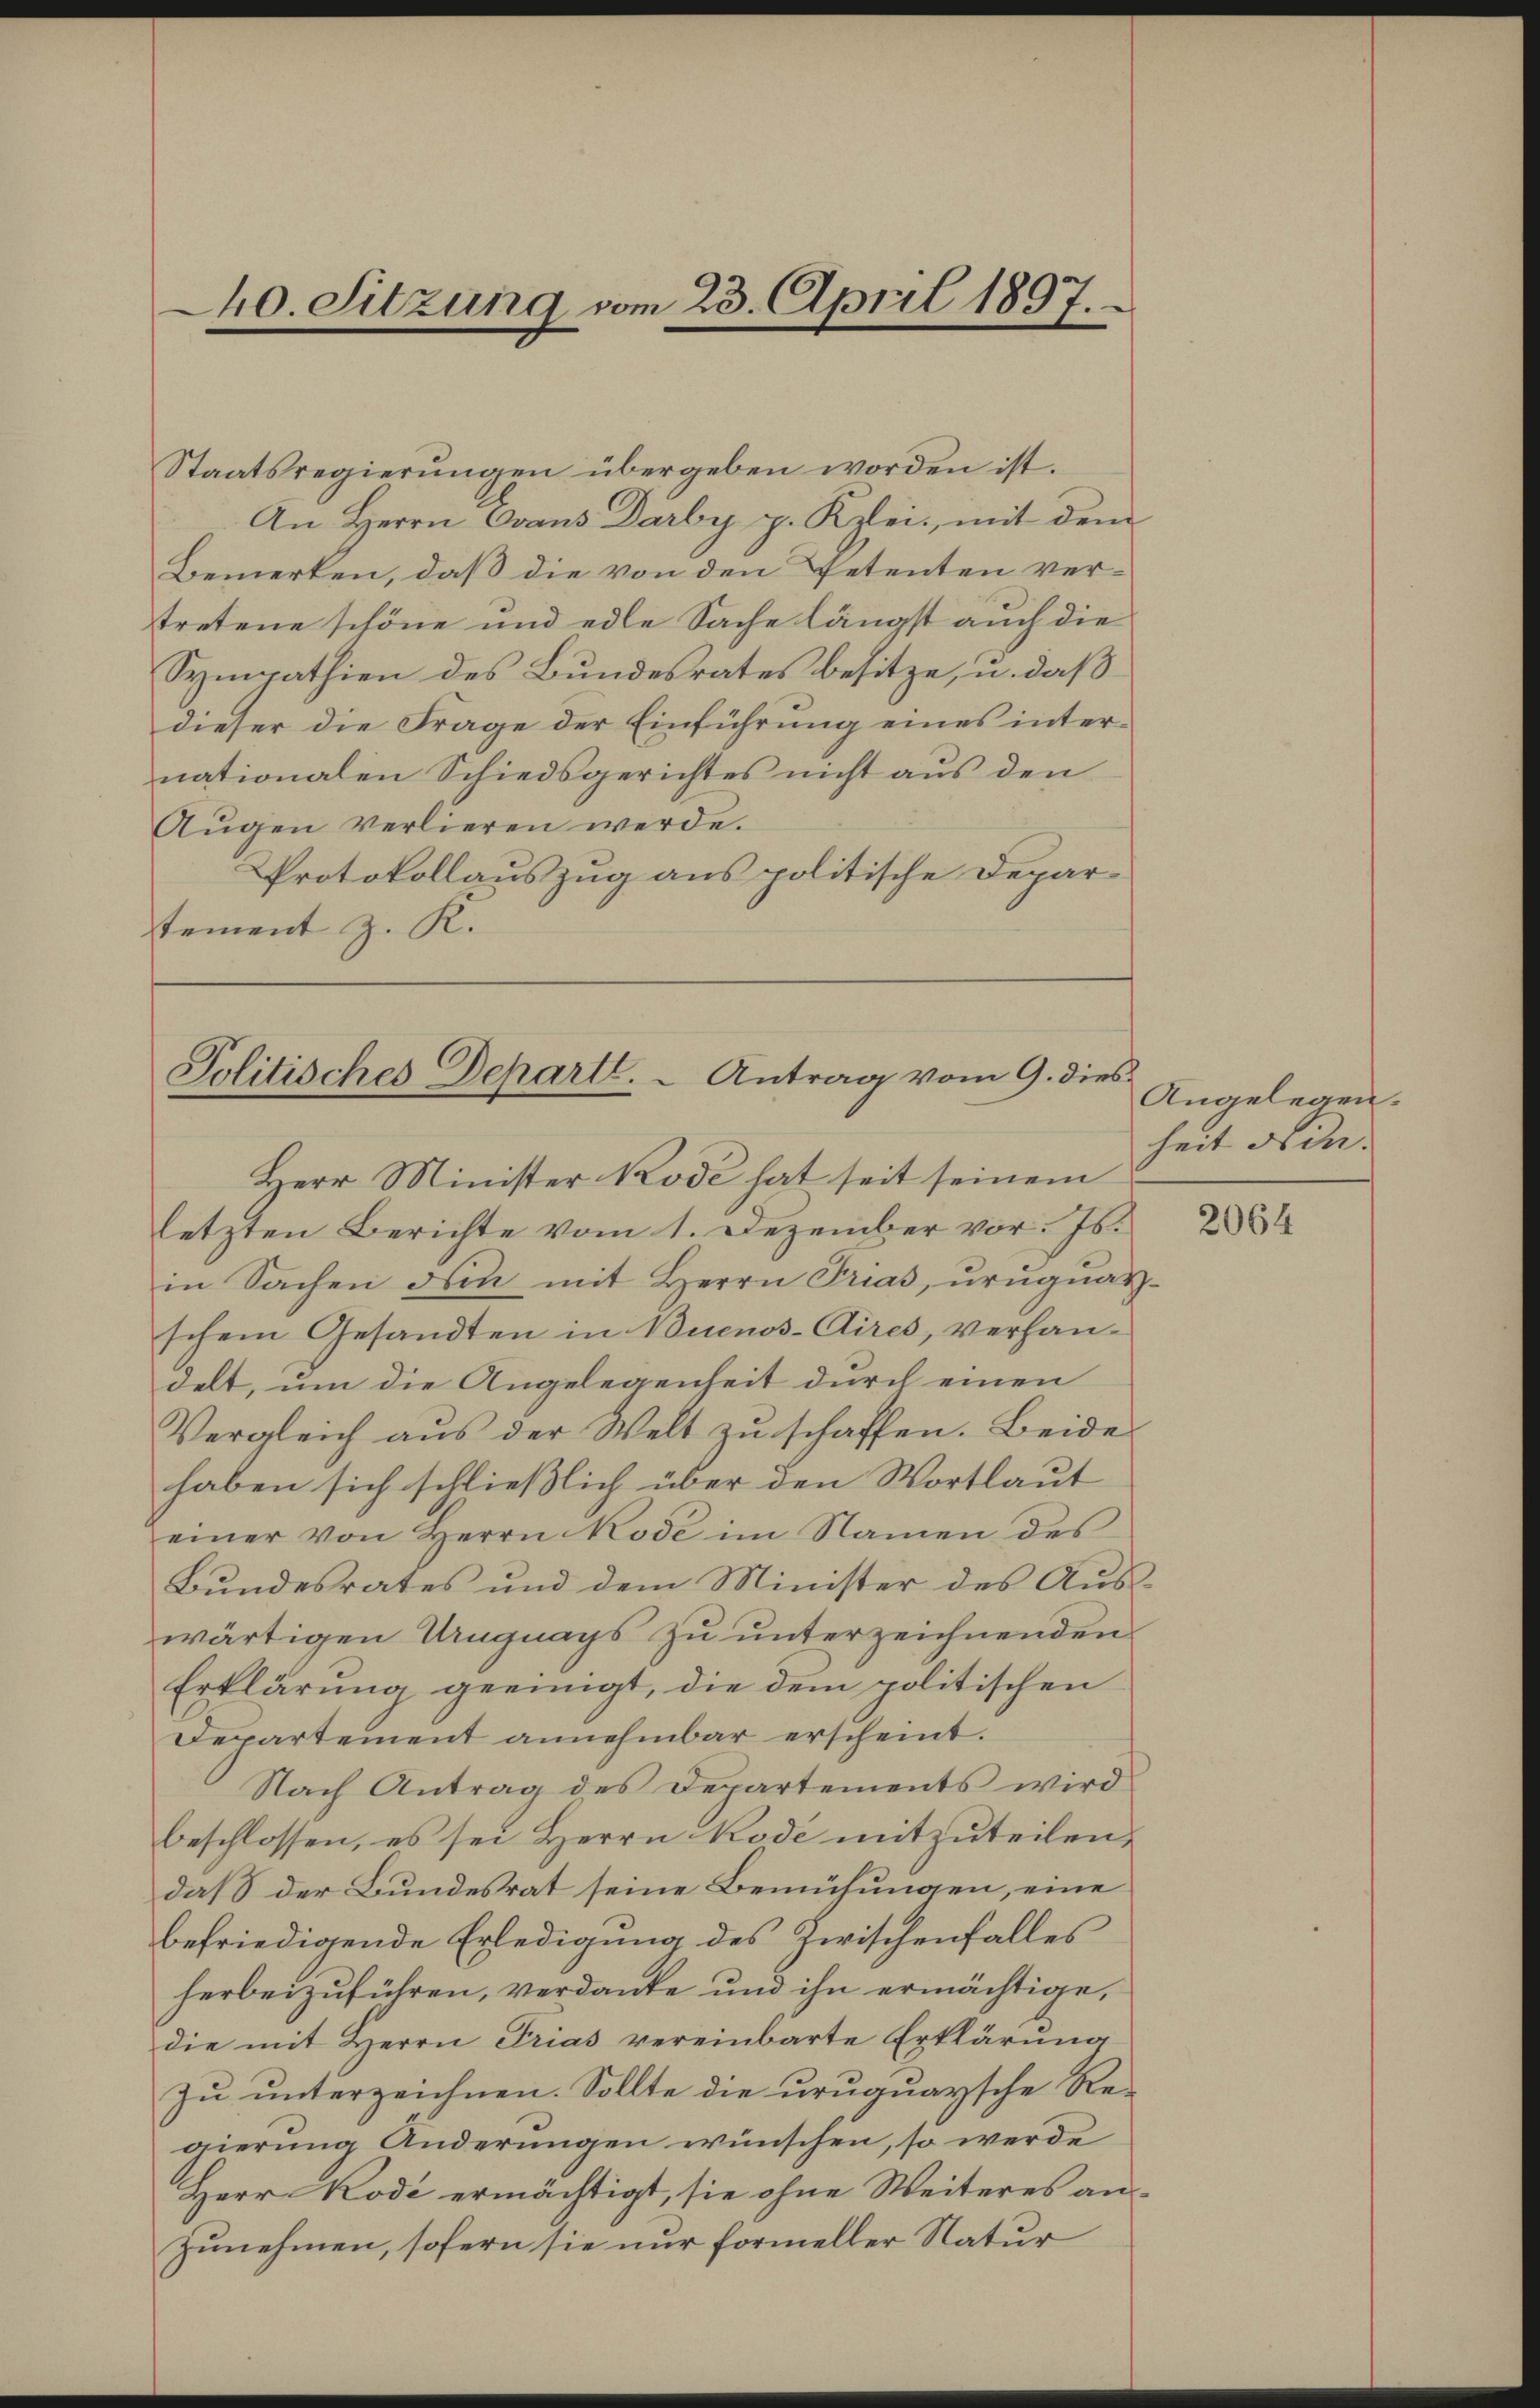
40. Sitzung vom 23. April 1897.

Staatsregierungen übergeben worden ist.
An Herrn Evans Darby p. Kzlei- mit dem
Bemerken, daß die von den Petenten vertretene schöne und edle Sache längst auch die
Sympathien des Bundesrates besitze, u. daß
dieser die Frage der Einführung eines internationalen Schiedsgerichtes nicht aus den
Aŭgen verlieren werde.
Protokollauszug aus politische Deparstement z. R.

Herr Minister Rode hat seit seinem
letzten Berichte vom 1. Dezember vor. Js.
in Sachen den mit Herrn Prias, ŭrŭgnat-
schem Gesandten in Buenos-Aires, verhandelt, um die Angelegenheit durch einen
Vergleich aus der Welt zu schaffen. Beide
haben sich schließlich über den Wortlaut
einer von Herrn Kode im Namen des
Bundesrates und dem Minister des Auswärtigen Ungnays zu unterzeichnenden
Erklärung geeinigt, die dem politischen
Departement annehmbar erscheint.
Nach Antrag des Departements wird
beschlossen, es sei Herrn Rode mitzuteilen,
daß der Bundesrat seine Bemühungen, eine
befriedigende Erledigung des Zwischenfalles
herbeizuführen, verdanke und ihn ermächtige,
die mit Herrn Trias vereinbarte Erklärung
Zu unterzeichnen. Sollte die uruguaysche Regierung Änderungen wünschen, so werde
Herr Rode ermächtigt, sie ohne Weiteres an-
zunehmen, sofern sie nur formeller Natur

Politisches Departe. - Antrag vom 9. dies

Angelegen.
heit Nin.

2064